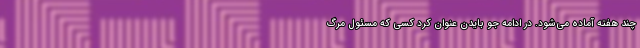
چند هفته آماده می‌شود. در ادامه جو بایدن عنوان کرد کسی که مسئول مرگ